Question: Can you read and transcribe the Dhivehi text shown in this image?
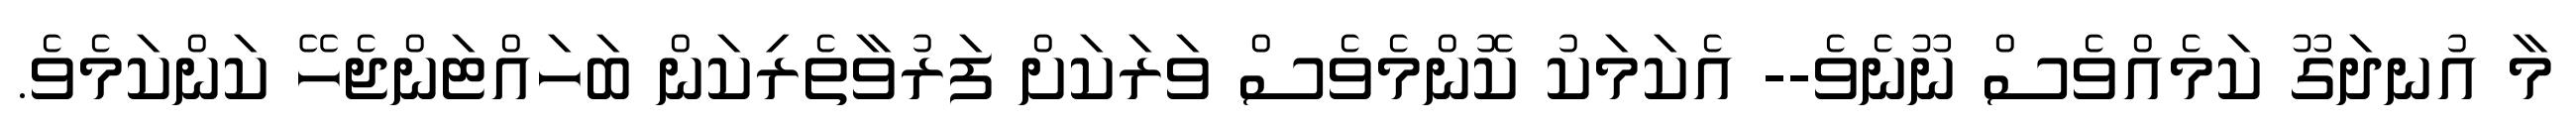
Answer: މާ އުނދަގޫ ކަމެއްވެސް ނޫނެވެ-- އެކަމަކު ކޮންމެވެސް ވަރަކަށް ފަރުވާތެރިކަން ބަހައްޓަންޖެހޭ ކަންކަމެވެ.